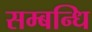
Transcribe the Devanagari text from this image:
सम्‍बन्‍धि